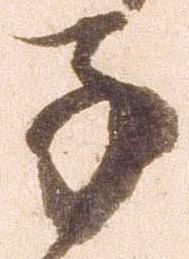
子